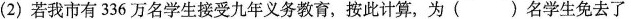
(2)若我市有336万名学生接受九年义务教育，按此计算，为( )名学生免去了学杂费，()名